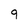
Character: 9